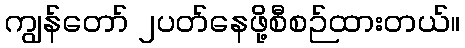
ကျွန်တော် ၂ပတ်နေဖို့စီစဉ်ထားတယ်။